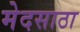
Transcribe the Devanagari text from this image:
मेदसाठा